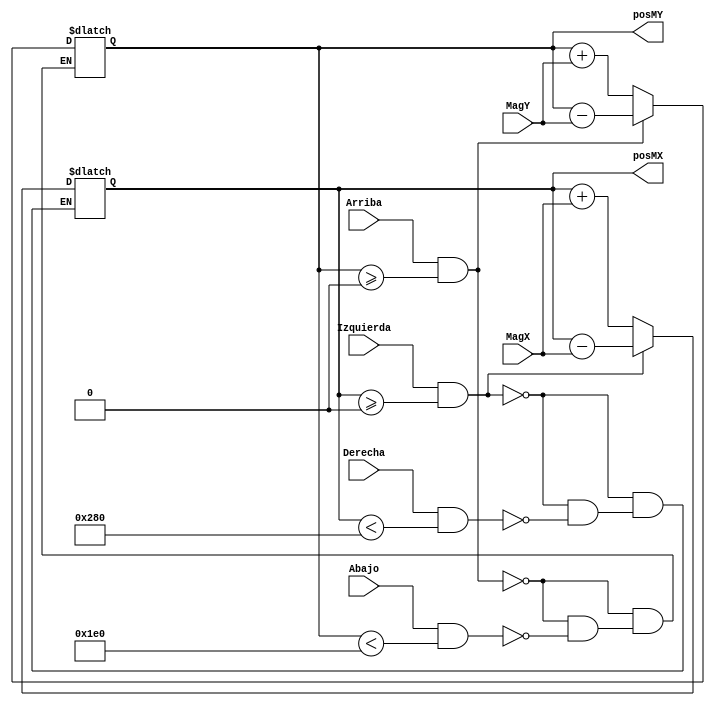
`timescale 1ns / 1ps
//////////////////////////////////////////////////////////////////////////////////
// Company: 
// Engineer: 
// 
// Design Name: 
// Module Name:    MousePos 
// Project Name: 
// Target Devices: 
// Tool versions: 
// Description: 
//
// Dependencies: 
//
// Revision: 
// Revision 0.01 - File Created
// Additional Comments: 
//
//////////////////////////////////////////////////////////////////////////////////
module MousePos(
    input [7:0] MagX,
    input [7:0] MagY,
    input Arriba,
    input Abajo,
    input Izquierda,
    input Derecha,
    output reg [9:0] posMX,
    output reg [9:0] posMY
    );

initial begin
	posMX = 10'b0000000000;
	posMY = 10'b0000000000;
end

always @* begin
	if(Izquierda & (posMX >= 0))
		posMX = posMX - MagX;
	else if(Derecha & (posMX < 640))
		posMX = posMX + MagX;
	if(Arriba & (posMY >= 0))
		posMY = posMY - MagY;
	else if(Abajo & (posMY < 480))
		posMY = posMY + MagY;
end

endmodule